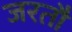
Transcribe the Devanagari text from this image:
जरतौ